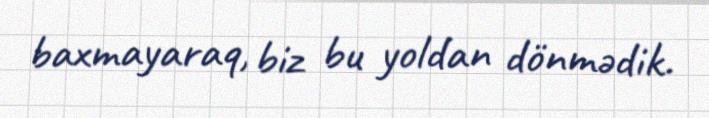
baxmayaraq, biz bu yoldan dönmədik.